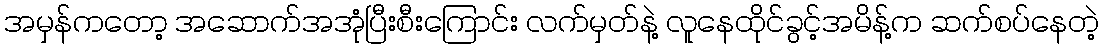
အမှန်ကတော့ အဆောက်အအုံပြီးစီးကြောင်း လက်မှတ်နဲ့ လူနေထိုင်ခွင့်အမိန့်က ဆက်စပ်နေတဲ့